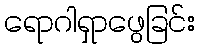
ရောဂါရှာဖွေခြင်း